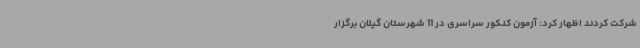
شرکت کردند اظهار کرد: آزمون کنکور سراسری در 11 شهرستان گیلان برگزار